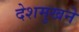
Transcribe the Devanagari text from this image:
देशमुखने